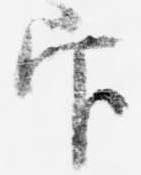
官